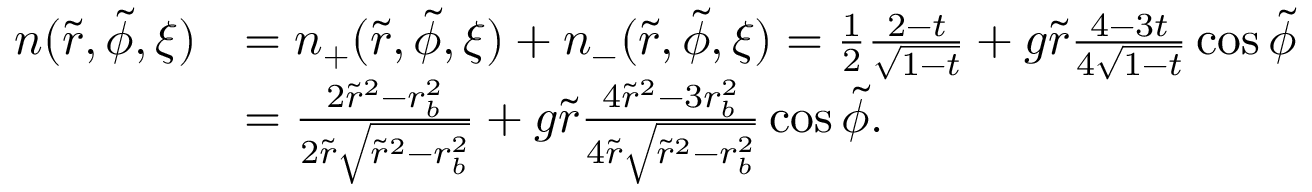
\begin{array} { r l } { n ( \tilde { r } , \tilde { \phi } , \xi ) } & { = n _ { + } ( \tilde { r } , \tilde { \phi } , \xi ) + n _ { - } ( \tilde { r } , \tilde { \phi } , \xi ) = \frac { 1 } { 2 } \frac { 2 - t } { \sqrt { 1 - t } } + g \tilde { r } \frac { 4 - 3 t } { 4 \sqrt { 1 - t } } \cos \tilde { \phi } } \\ & { = \frac { 2 \tilde { r } ^ { 2 } - r _ { b } ^ { 2 } } { 2 \tilde { r } \sqrt { \tilde { r } ^ { 2 } - r _ { b } ^ { 2 } } } + g \tilde { r } \frac { 4 \tilde { r } ^ { 2 } - 3 r _ { b } ^ { 2 } } { 4 \tilde { r } \sqrt { \tilde { r } ^ { 2 } - r _ { b } ^ { 2 } } } \cos \tilde { \phi } . } \end{array}